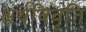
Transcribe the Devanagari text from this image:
अर्थविवृति